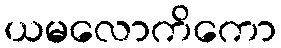
ယမလောကိကော